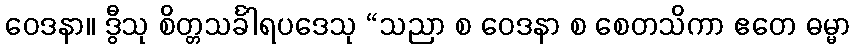
ဝေဒနာ။ ဒွီသု စိတ္တသင်္ခါရပဒေသု “သညာ စ ဝေဒနာ စ စေတသိကာ ဧတေ ဓမ္မာ